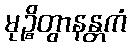
မုဉ္စိတွာနန္တကံ